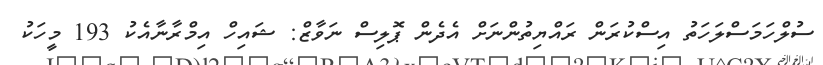
ސުލްހަމަސްލަހަތު އިސްކުރަން ރައްޔިތުންނަށް އެދެން ޕޮލިސް ނަވާޒް: ޝައިހް އިމްރާނާއެކު 193 މީހަކު